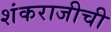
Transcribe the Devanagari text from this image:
शंकराजीची